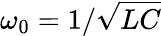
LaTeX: \omega_{0}=1/\sqrt{LC}